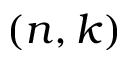
( n , k )